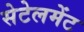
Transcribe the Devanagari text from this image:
सेटेलमेंट